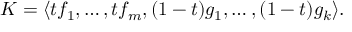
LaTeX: K = \langle t f _ { 1 } , \ldots , t f _ { m } , ( 1 - t ) g _ { 1 } , \ldots , ( 1 - t ) g _ { k } \rangle .